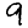
Digit: 9